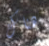
هناك